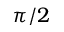
\pi / 2